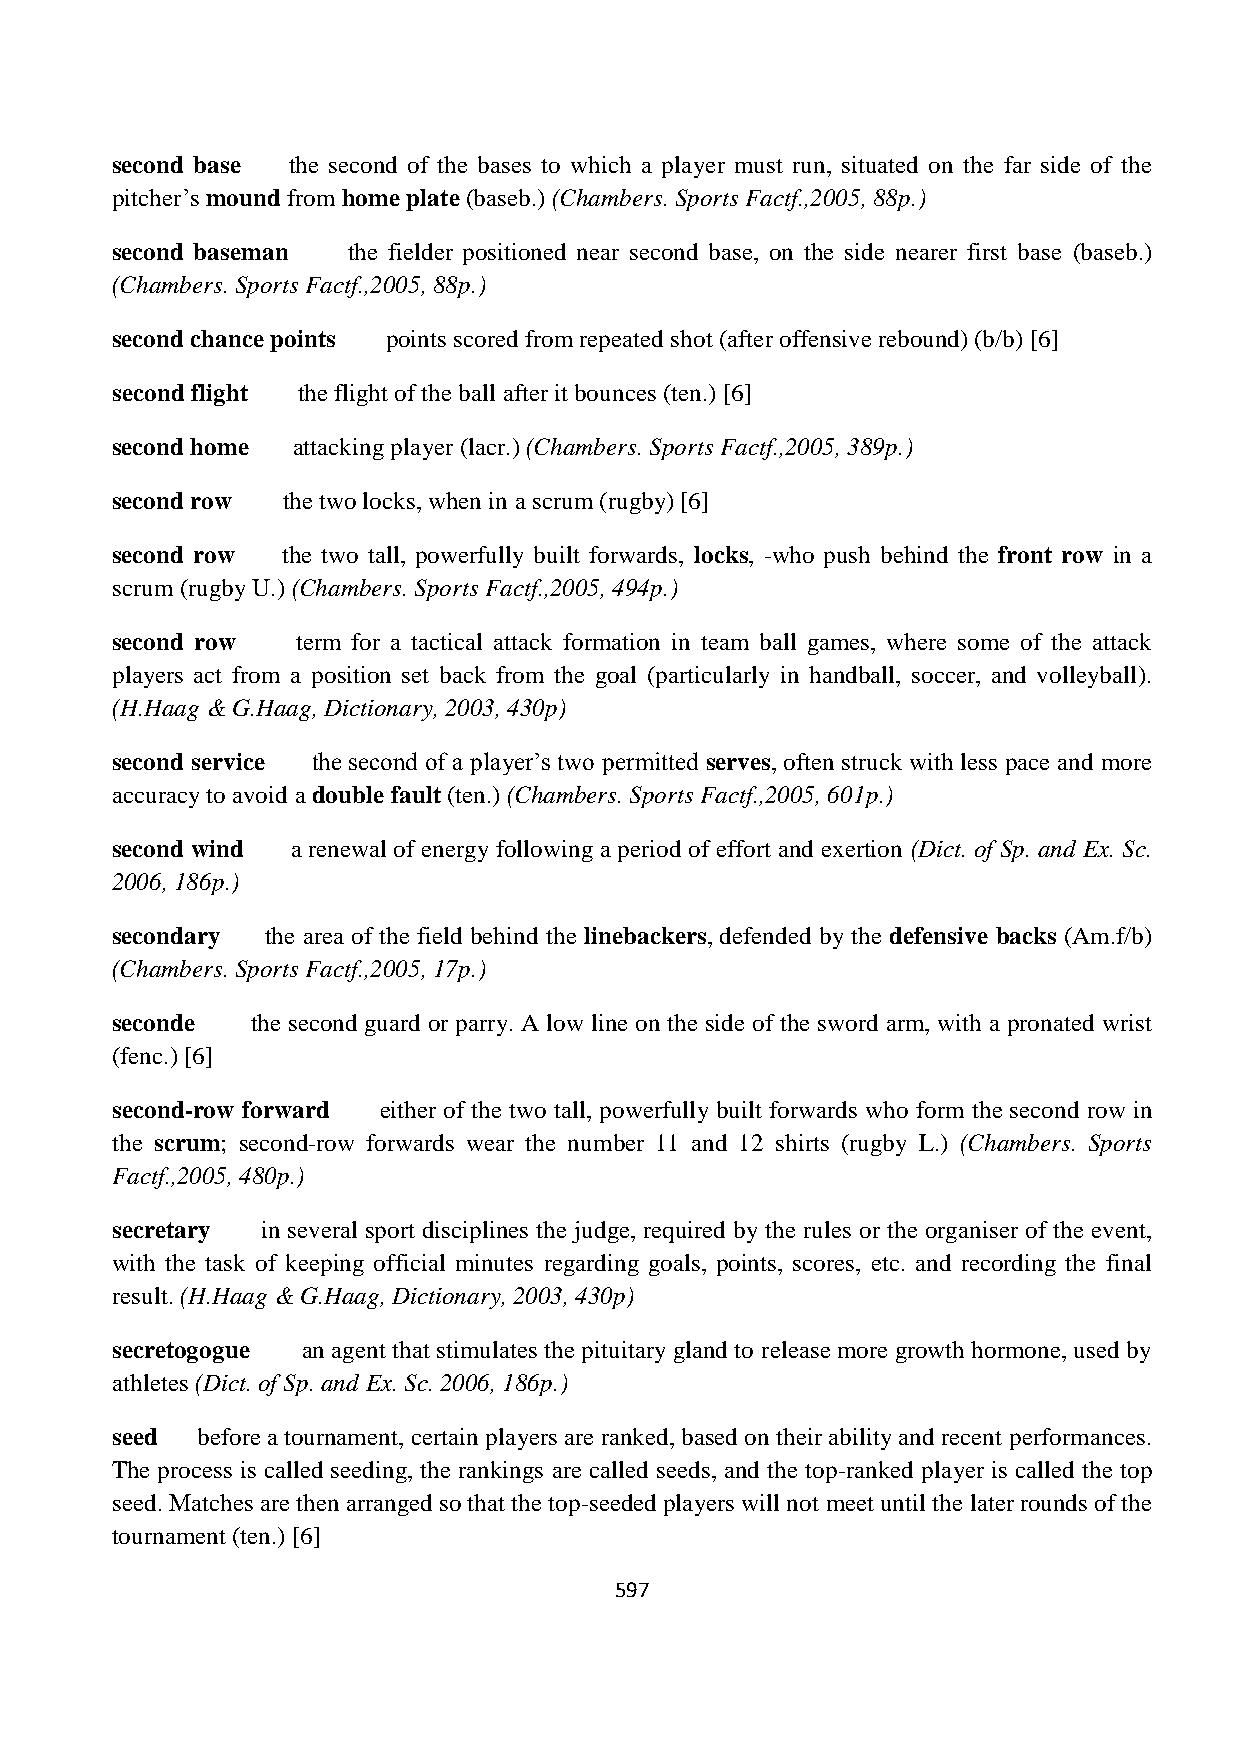
second base the second of the bases to which a player must run, situated on the far side of the
 pitcher‟s mound from home plate (baseb.) (Chambers. Sports Factf.,2005, 88p.)
 second baseman  the fielder positioned near second base, on the side nearer first base (baseb.)
 (Chambers. Sports Factf.,2005, 88p.)
 second chance points points scored from repeated shot (after offensive rebound) (b/b) [6]
 second flight the flight of the ball after it bounces (ten.) [6]
 second home attacking player (lacr.) (Chambers. Sports Factf.,2005, 389p.)
 second row  the two locks, when in a scrum (rugby) [6]
 second row  the two tall, powerfully built forwards, locks, -who push behind the front row in a
 scrum (rugby U.) (Chambers. Sports Factf.,2005, 494p.)
 second row   term for a tactical attack formation in team ball games, where some of the attack
 players act from a position set back from the goal (particularly in handball, soccer, and volleyball).
 (H.Haag & G.Haag, Dictionary, 2003, 430p)
 second service the second of a player‟s two permitted serves, often struck with less pace and more
 accuracy to avoid a double fault (ten.) (Chambers. Sports Factf.,2005, 601p.)
 second wind a renewal of energy following a period of effort and exertion (Dict. of Sp. and Ex. Sc.
 2006, 186p.)
 secondary  the area of the field behind the linebackers, defended by the defensive backs (Am.f/b)
 (Chambers. Sports Factf.,2005, 17p.)
 seconde   the second guard or parry. A low line on the side of the sword arm, with a pronated wrist
 (fenc.) [6]
 second-row forward either of the two tall, powerfully built forwards who form the second row in
 the scrum; second-row forwards wear the number 11 and 12 shirts (rugby L.) (Chambers. Sports
 Factf.,2005, 480p.)
 secretary in several sport disciplines the judge, required by the rules or the organiser of the event,
 with the task of keeping official minutes regarding goals, points, scores, etc. and recording the final
 result. (H.Haag & G.Haag, Dictionary, 2003, 430p)
 secretogogue an agent that stimulates the pituitary gland to release more growth hormone, used by
 athletes (Dict. of Sp. and Ex. Sc. 2006, 186p.)
 seed  before a tournament, certain players are ranked, based on their ability and recent performances.
 The process is called seeding, the rankings are called seeds, and the top-ranked player is called the top
 seed. Matches are then arranged so that the top-seeded players will not meet until the later rounds of the
 tournament (ten.) [6]
 597